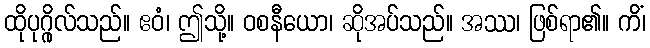
ထိုပုဂ္ဂိုလ်သည်။ ဧဝံ၊ ဤသို့။ ဝစနီယော၊ ဆိုအပ်သည်။ အဿ၊ ဖြစ်ရာ၏။ ကိံ၊